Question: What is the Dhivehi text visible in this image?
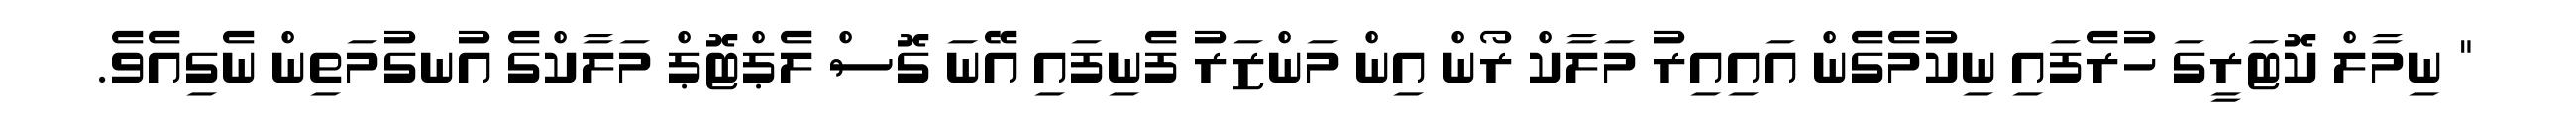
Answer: " ނިމާލް ކޮޓަރީގަ ހުރެފައި ނިކުމެގެން އައިއިރު މަލާކް ރޯން އިން މަންޒަރު ފެނިފައި އޭނަ ގޮސް ލެޕްޓޮޕް މަލާކްގެ އުނގުމަތިން ނެގިއެވެ.